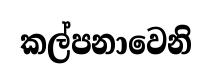
කල්පනාවෙනි